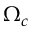
\Omega _ { c }